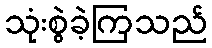
သုံးစွဲခဲ့ကြသည်